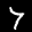
Label: 7